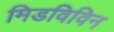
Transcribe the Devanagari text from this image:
मिडविविन